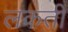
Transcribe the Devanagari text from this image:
लकती